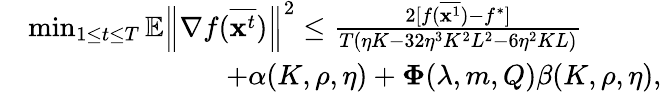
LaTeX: \begin{array}{rl}&{\operatorname*{min}_{1\le t\le T}\mathbb{E}\left\| \nabla f(\overline{{\mathbf{x}^{t}}})\right\| ^{2}\leq\frac{2[f(\overline{{{\mathbf x}^{1}}})-f^{*}]}{T(\eta K-32\eta^{3}K^{2}L^{2}-6\eta^{2}KL)}}\\ &{\qquad\qquad\qquad\quad+\alpha(K,\rho,\eta)+{\mathbf\Phi}(\lambda,m,Q)\beta(K,\rho,\eta),}\end{array}